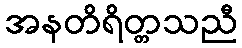
အနတိရိတ္တသညီ